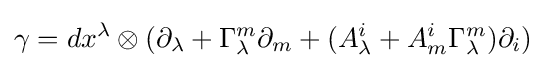
\gamma =dx^{\lambda }\otimes (\partial _{\lambda }+\Gamma _{\lambda }^{m}\partial _{m}+(A_{\lambda }^{i}+A_{m}^{i}\Gamma _{\lambda }^{m})\partial _{i})